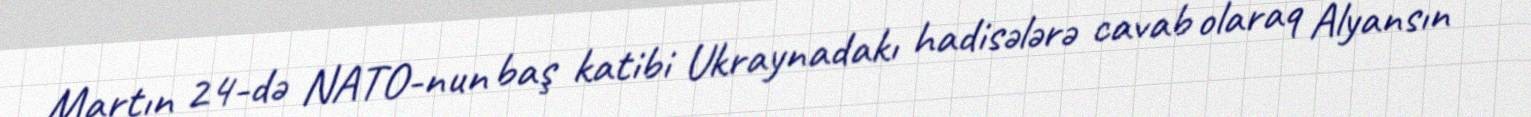
Martın 24-də NATO-nun baş katibi Ukraynadakı hadisələrə cavab olaraq Alyansın